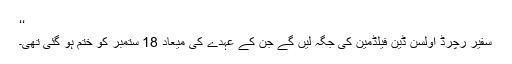
‘‘
سفیر رچرڈ اولسن ڈین فیلڈمین کی جگہ لیں گے جن کے عہدے کی میعاد 18 ستمبر کو ختم ہو گئی تھی۔